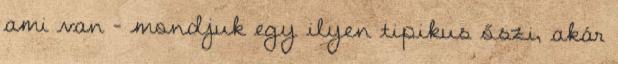
ami van - mondjuk egy ilyen tipikus őszi, akár